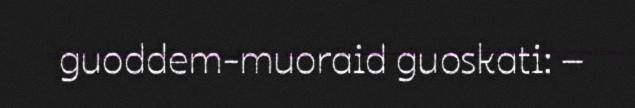
guoddem-muoraid guoskati: –